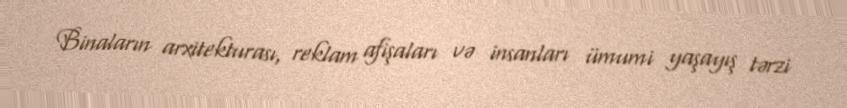
Binaların arxitekturası, reklam afişaları və insanları ümumi yaşayış tərzi